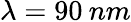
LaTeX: \lambda=90\: nm